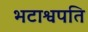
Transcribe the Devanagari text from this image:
भटाश्वपति